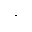
\cdot